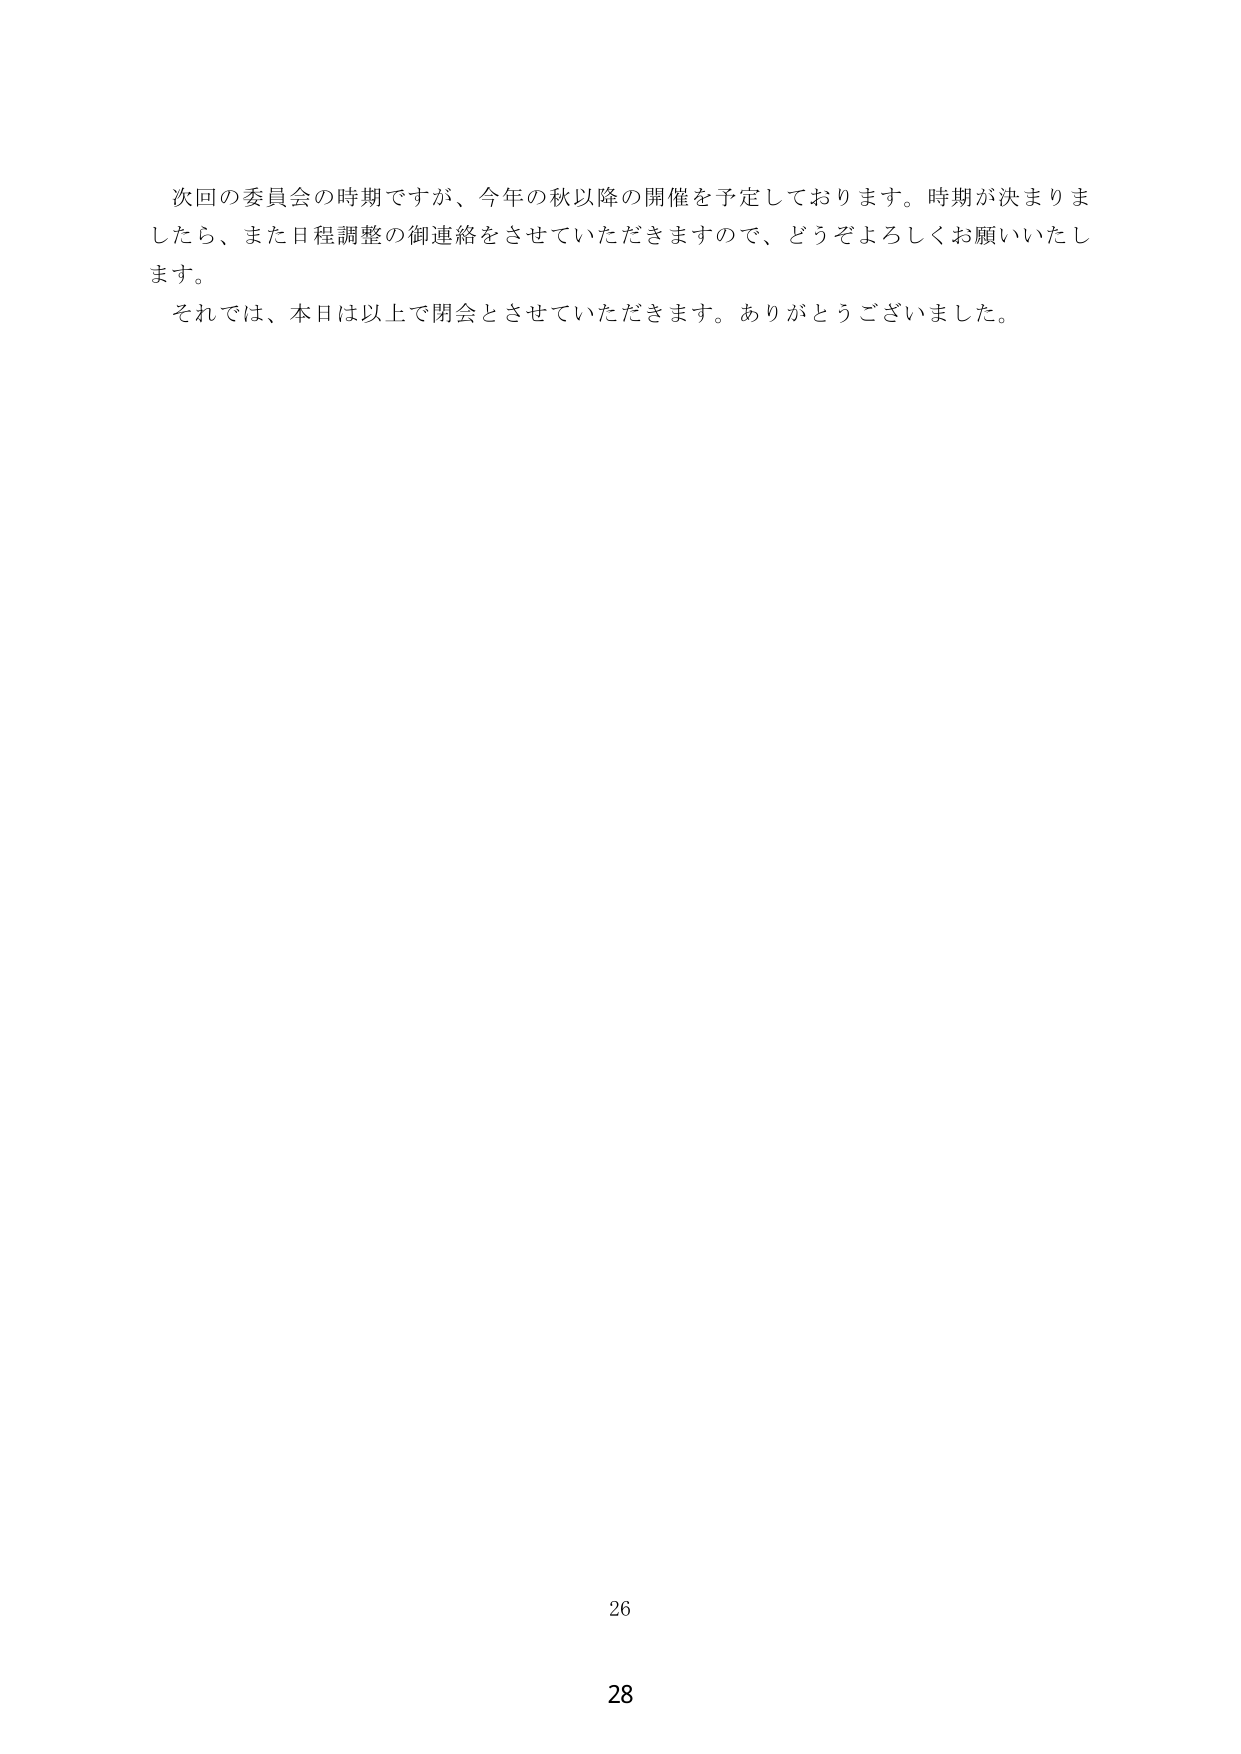
次回の委員会の時期ですが、今年の秋以降の開催を予定しております。時期が決まりましたら、また日程調整の御連絡をさせていただきますので、どうぞよろしくお願いいたします。

それでは、本日は以上で閉会とさせていただきます。ありがとうございました。

26

28